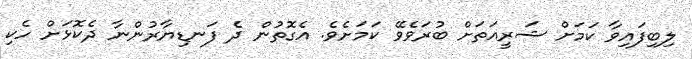
ލިބިފައިވާ ކަމަށް ޝަރީއަތަށް ބުރަވެވޭ ކަމަށެވެ. އެގޮތުން ދެ ފަނޑިޔާރުންނާ ދެކޮޅަށް ހެކި